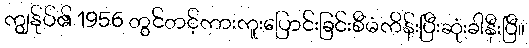
ကျွန်ုပ်၏ 1956 တွင်တင့်ကားကူးပြောင်းခြင်းစီမံကိန်းပြီးဆုံးခါနီးပြီ။